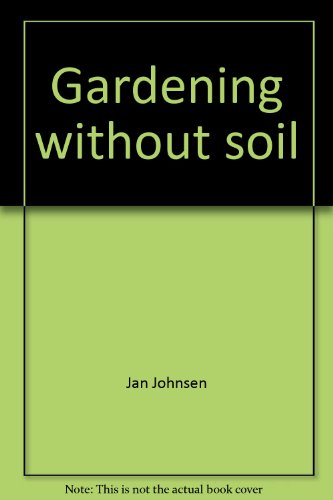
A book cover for Gardening without soil; Jan Johnsen; Crafts, Hobbies & Home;